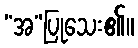
“အ”ပြုသေး၏။